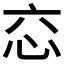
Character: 𢗻